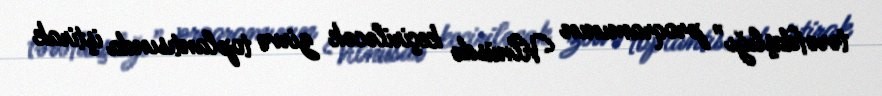
tərəfdaşlığı” proqramının Vilnüsdə keçiriləcək zirvə toplantısında iştirak